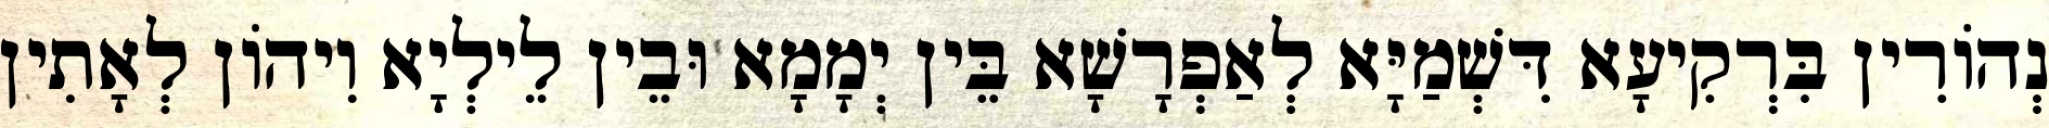
נְהוֹרִין בִּרְקִיעָא דִּשְׁמַיָּא לְאַפְרָשָׁא בֵּין יְמָמָא וּבֵין לֵילְיָא וִיהוֹן לְאָתִין